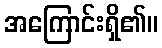
အကြောင်းရှိ၏။